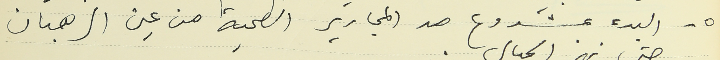
٥ - البدء بمشروع مد المجارير الصحية من عين الرهبان